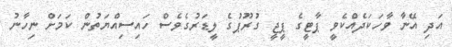
އަދި އޭނާ ވާހަކަދެއްކެވީ ޕާޓީގެ ޕީޖީ ގުރޫޕުގެ ލީޑަރުގެވެސް ހައިސިއްޔަތުން ކަމަށް ނިހާނު